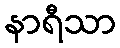
နာရီသာ